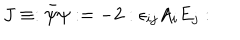
LaTeX: J \equiv : \bar { \psi } \psi : = - 2 : \epsilon _ { i j } A _ { i } E _ { j } :